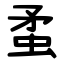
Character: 䖥